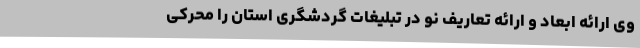
وی ارائه ابعاد و ارائه تعاریف نو در تبلیغات گردشگری استان را محرکی